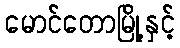
မောင်တောမြို့နှင့်